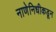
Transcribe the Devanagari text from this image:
नाणेनिधीकडून